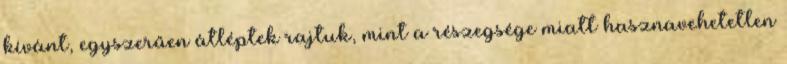
kívánt, egyszerűen átléptek rajtuk, mint a részegsége miatt hasznavehetetlen